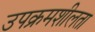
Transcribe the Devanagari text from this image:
उपक्रमशीलता